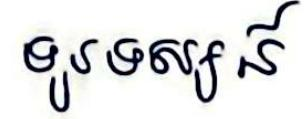
ទូរទស្សន៍